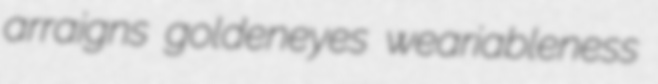
arraigns goldeneyes weariableness